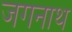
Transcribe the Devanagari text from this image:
जगनाथ